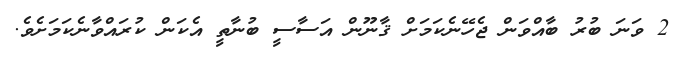
2 ވަނަ ބުރު ބާއްވަން ޖެހޭނެކަމަށް ޤާނޫން އަސާސީ ބުނާތީ އެކަން ކުރައްވާނެކަމަށެވެ.